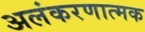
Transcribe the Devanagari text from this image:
अलंकरणात्मक